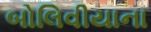
બોલિવીયાના